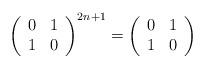
LaTeX: \begin{align*}\left( \begin{array}{cc}0 & 1 \\ 1 & 0 \\\end{array}\right) ^{2n+1}=\left( \begin{array}{cc}0 & 1 \\ 1 & 0 \\\end{array}\right)\end{align*}